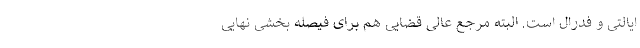
ایالتی و فدرال است. البته مرجع عالی قضایی هم برای فیصله بخشی نهایی